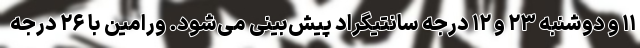
۱۱ و دوشنبه ۲۳ و ۱۲ درجه سانتیگراد پیش‌بینی می‌شود. ورامین با ۲۶ درجه